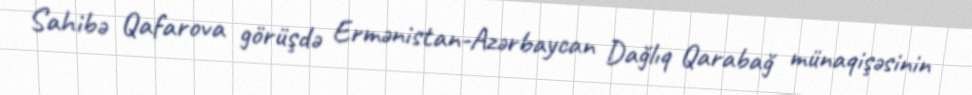
Sahibə Qafarova görüşdə Ermənistan-Azərbaycan Dağlıq Qarabağ münaqişəsinin